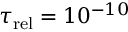
\tau _ { \mathrm { r e l } } = 1 0 ^ { - 1 0 }